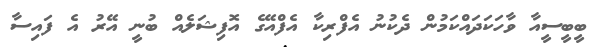
ބީބީސީއާ ވާހަކަދައްކަމުން ދެކުނު އެފްރިކާ އެފްއޭގެ އޮފިޝަލެއް ބުނީ އޭރު އެ ފައިސާ